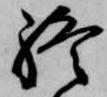
終